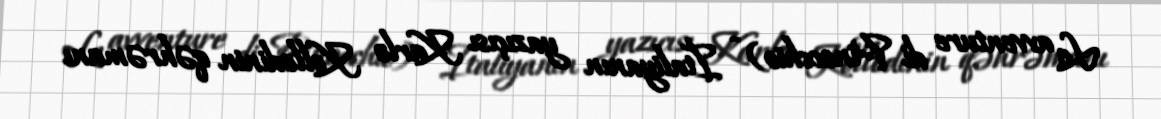
Le avventure di Pinocchio) - İtaliyanın yazıçısı Karlo Kollodinin qəhrəmanı